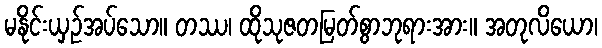
မနိုင်းယှဉ်အပ်သော။ တဿ၊ ထိုသုဇတမြတ်စွာဘုရားအား။ အတုလိယော၊